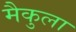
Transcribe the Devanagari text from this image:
मैकुला